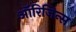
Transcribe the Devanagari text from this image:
ऑरिजिन्स